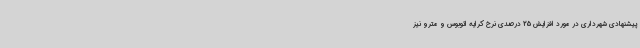
پیشنهادی شهرداری در مورد افزایش 25 درصدی نرخ کرایه اتوبوس و مترو نیز